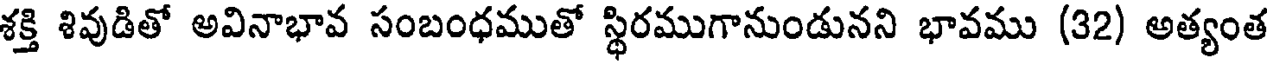
శక్తి శివుడితో అవినాభావ సంబంధముతో స్థిరముగానుండునని భావము (32) అత్యంత